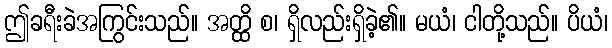
ဤခရီးခဲအကြွင်းသည်။ အတ္ထိ စ၊ ရှိလည်းရှိခဲ့၏။ မယံ၊ ငါတို့သည်။ ပိယံ၊